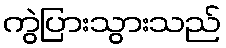
ကွဲပြားသွားသည်